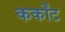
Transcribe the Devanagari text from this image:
कर्कोंट